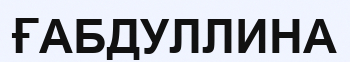
ҒАБДУЛЛИНА